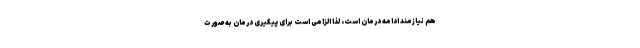
هم نیازمند ادامه درمان است، لذا الزامی است برای پیگیری درمان به صورت